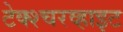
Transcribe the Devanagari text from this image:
टेक्श्चरव्हाइट